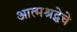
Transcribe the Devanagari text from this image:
आत्मश्रद्धेचे